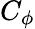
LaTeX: C_{\phi}